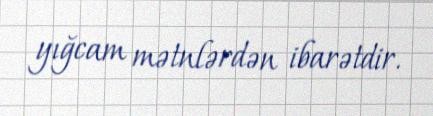
yığcam mətnlərdən ibarətdir.